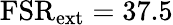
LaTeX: \mathrm{FSR}_{\mathrm{ext}}=37.5